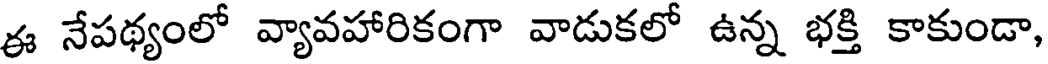
ఈ నేపథ్యంలో వ్యావహారికంగా వాడుకలో ఉన్న భక్తి కాకుండా,